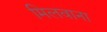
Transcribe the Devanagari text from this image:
मिलवाना